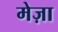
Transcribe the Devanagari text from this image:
मेज़ा